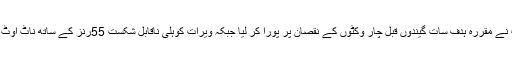
بھارت نے مقررہ ہدف سات گیندوں قبل چار وکٹوں کے نقصان پر پورا کر لیا جبکہ ویرات کوہلی ناقابل شکست 55رنز کے ساتھ ناٹ آوٹ رہے ۔